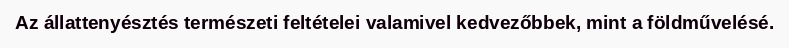
Az állattenyésztés természeti feltételei valamivel kedvezőbbek, mint a földművelésé.